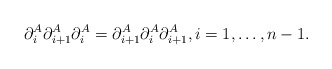
\begin{gather*} \partial_{i}^{A} \partial_{i+1}^{A} \partial_{i}^{A}=\partial_{i+1}^{A} \partial_{i}^{A} \partial_{i+1}^{A},i=1,\ldots,n-1. \end{gather*}